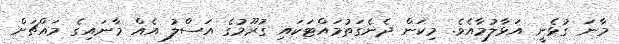
މާނަ ގުޅެނީ އަޅާލުމާއެވެ. މިކަން ދެނެގަތުމައްޓަކައި ގުރޫމުގެ އަސްލު އެއް މާނައިގެ މައްޗަށް